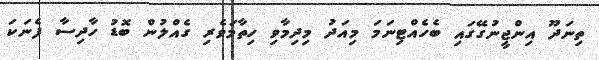
ތިނަދޫ އިންޖީނުގޭގައި ބެހެއްޓިނަމަ މިއަދު މިދިމާވި ހިތާމަވެރި ގެއްލުން ބޮޑު ހާދިސާ ފެނަކަ